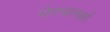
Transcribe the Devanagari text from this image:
पोतचालकों